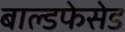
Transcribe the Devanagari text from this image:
बाल्डफेसेड